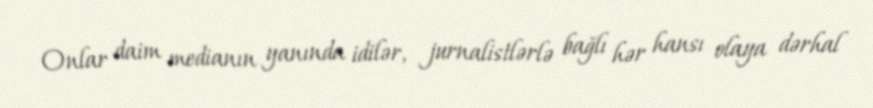
Onlar daim medianın yanında idilər, jurnalistlərlə bağlı hər hansı olaya dərhal